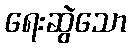
ရေးဆွဲသော